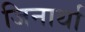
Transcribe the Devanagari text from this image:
जिनार्था